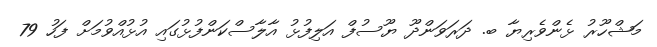
މަޝްހޫރު ޅެންވެރިޔާ ބ. ދަރަވަންދޫ ޔޫސުފް އަލިފުޅު އާލާސްކަންފުޅުގައި އުޅުއްވުމަށް ފަހު 79